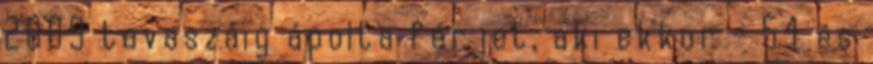
2009 tavaszáig ápolta férjet, aki ekkor - 54 és